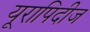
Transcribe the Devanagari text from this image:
यूरापिदीज